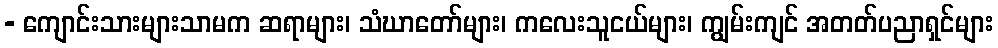
- ကျောင်းသားများသာမက ဆရာများ၊ သံဃာတော်များ၊ ကလေးသူငယ်များ၊ ကျွမ်းကျင် အတတ်ပညာရှင်များ